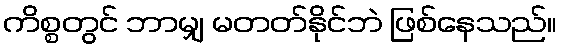
ကိစ္စတွင် ဘာမျှ မတတ်နိုင်ဘဲ ဖြစ်နေသည်။